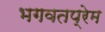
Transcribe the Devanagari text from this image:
भगवतप्रेम